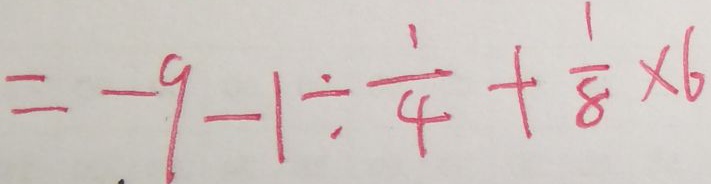
= - 9 - 1 \div \frac { 1 } { 4 } + \frac { 1 } { 8 } \times 6